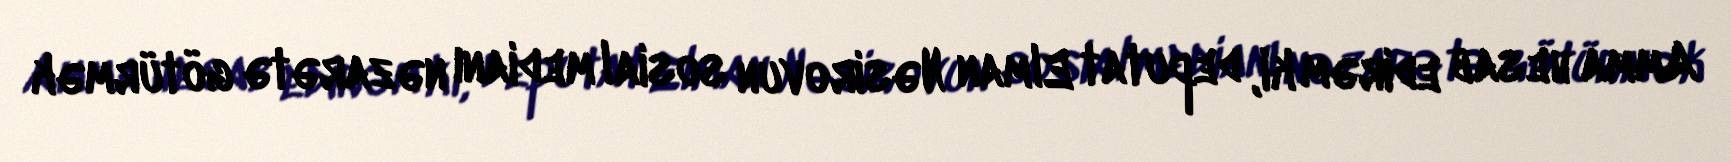
Amma hesab edirəm ki, deputat Elman Nəsirovun sosial medianı nəzarətə götürmək